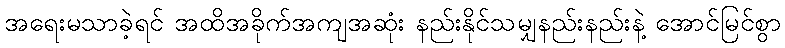
အရေးမသာခဲ့ရင် အထိအခိုက်အကျအဆုံး နည်းနိုင်သမျှနည်းနည်းနဲ့ အောင်မြင်စွာ